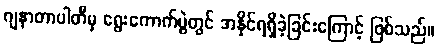
ဂျနာတာပါတီမှ ရွေးကောက်ပွဲတွင် အနိုင်ရရှိခဲ့ခြင်းကြောင့် ဖြစ်သည်။